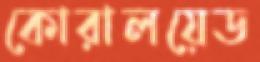
কোরালয়েড